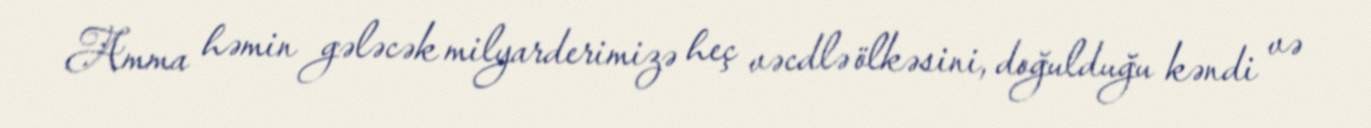
Amma həmin gələcək milyarderimizə heç vəcdlə ölkəsini, doğulduğu kəndi və